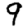
Digit: 9